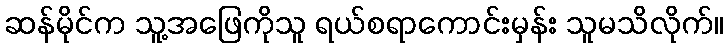
ဆန်မိုင်က သူ့အဖြေကိုသူ ရယ်စရာကောင်းမှန်း သူမသိလိုက်။